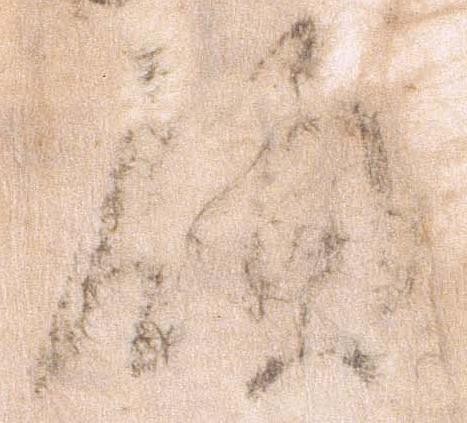
領